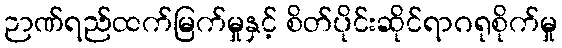
ဉာဏ်ရည်ထက်မြက်မှုနှင့် စိတ်ပိုင်းဆိုင်ရာဂရုစိုက်မှု